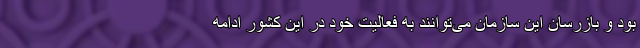
بود و بازرسان این سازمان می‌توانند به فعالیت خود در این کشور ادامه